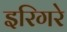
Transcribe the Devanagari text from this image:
इरिगरे